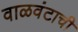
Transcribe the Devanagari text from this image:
वाळवंटाची